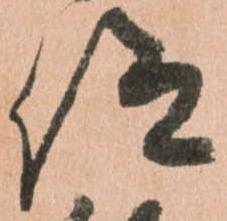
仰